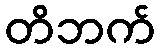
တိဘက်